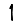
Digit: 1